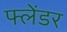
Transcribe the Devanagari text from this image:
फ्लेंडर